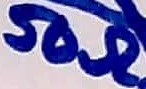
Text: 50Ω